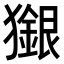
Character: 𤢲